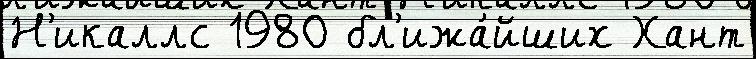
Н'икаллс 1980 бл'ижа́йших Хант